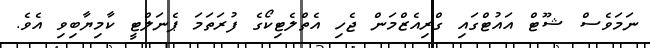
ނަމަވެސް ޝޫޓް އައުޓްގައި ގްރިއެޒްމަން ޖެހި އެތްލެޓިކޯގެ ފުރަތަމަ ޕެނަލްޓީ ކާމިޔާބިވި އެވެ.